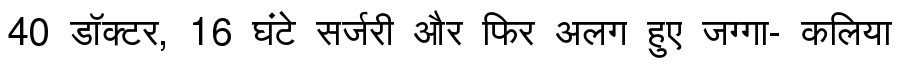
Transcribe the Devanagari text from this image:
40 डॉक्टर, 16 घंटे सर्जरी और फिर अलग हुए जग्गा- कलिया